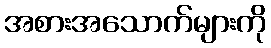
အစားအသောက်များကို